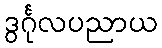
ဒွင်္ဂုလပညာယ